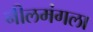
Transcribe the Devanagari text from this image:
नीलमंगला